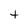
Character: t